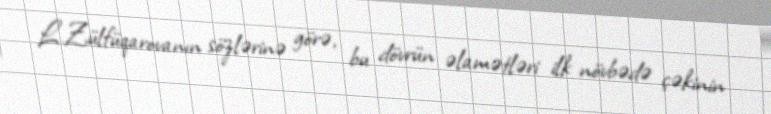
L.Zülfüqarovanın sözlərinə görə, bu dövrün əlamətləri ilk növbədə çəkinin